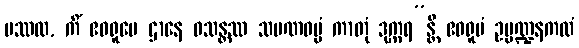
ပဿထ, ကိံ ဧဝရူပေ ဌာနေ ဝသန္တဿ သမဏဓမ္မံ ကာတုံ ဒုက္ကရ”န္တိ ဧဝရူပံ ဥပ္ပဏ္ဍနကထံ